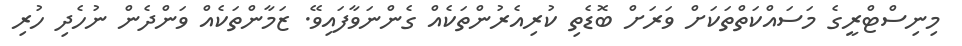
މިނިސްޓްރީގެ މަސައްކަތްތަކަށް ވަރަށް ބޮޑެތި ކުރިއެރުންތަކެއް ގެންނަވާފައިވޭ. ޒަމާންތަކެއް ވަންދެން ނުހެދި ހުރި